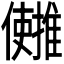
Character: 𫤄